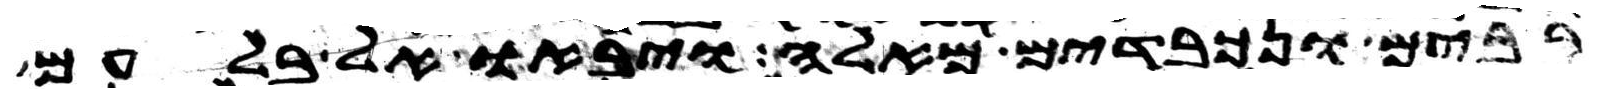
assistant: רבים ונכבדים מאלה ויבאו אל בלעם